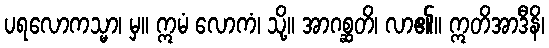
ပရလောကသ္မာ၊ မှ။ ဣမံ လောကံ၊ သို့။ အာဂစ္ဆတိ၊ လာ၏။ ဣတိအာဒီနိ၊